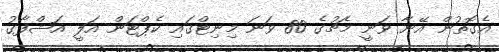
އެގޮތުން އޭނާ ވަނީ މެޗުގެ 80 ވަނަ މިނިޓްގައި ކެޕްޓަން އަލީ އަޝްފާގު